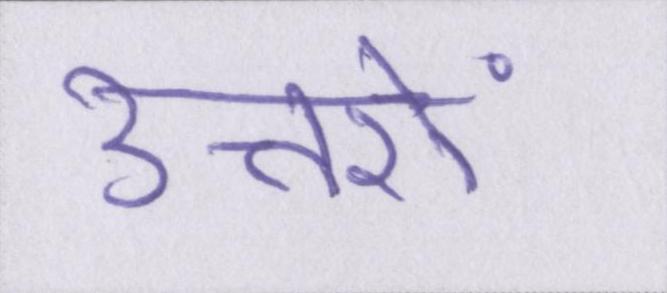
उत्तरों